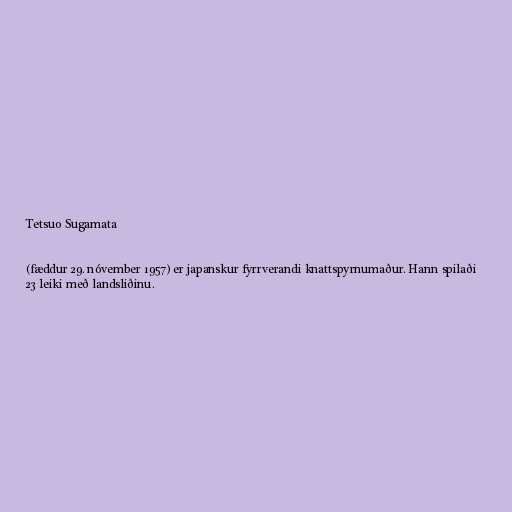
Tetsuo Sugamata

(fæddur 29. nóvember 1957) er japanskur fyrrverandi knattspyrnumaður. Hann spilaði
23 leiki með landsliðinu.